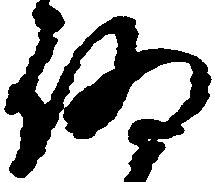
偽